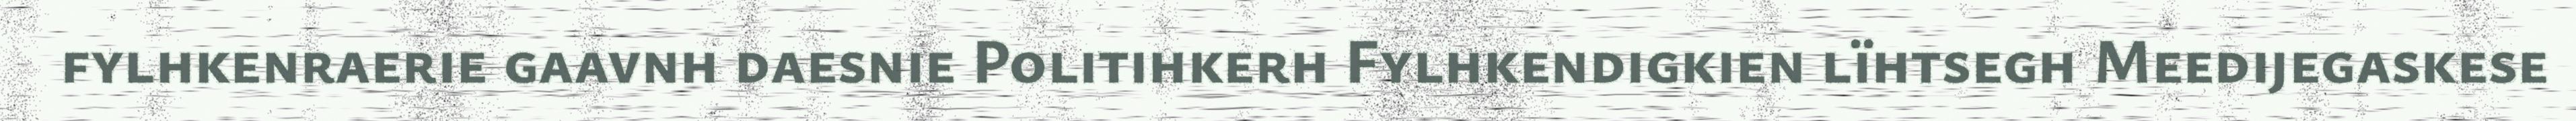
fylhkenraerie gaavnh daesnie Politihkerh Fylhkendigkien lïhtsegh Meedijegaskese